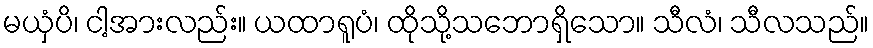
မယှံပိ၊ ငါ့အားလည်း။ ယထာရူပံ၊ ထိုသို့သဘောရှိသော။ သီလံ၊ သီလသည်။